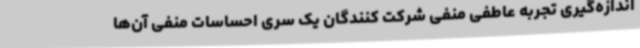
اندازه‌گیری تجربه عاطفی منفی شرکت کنندگان یک سری احساسات منفی آن‌ها